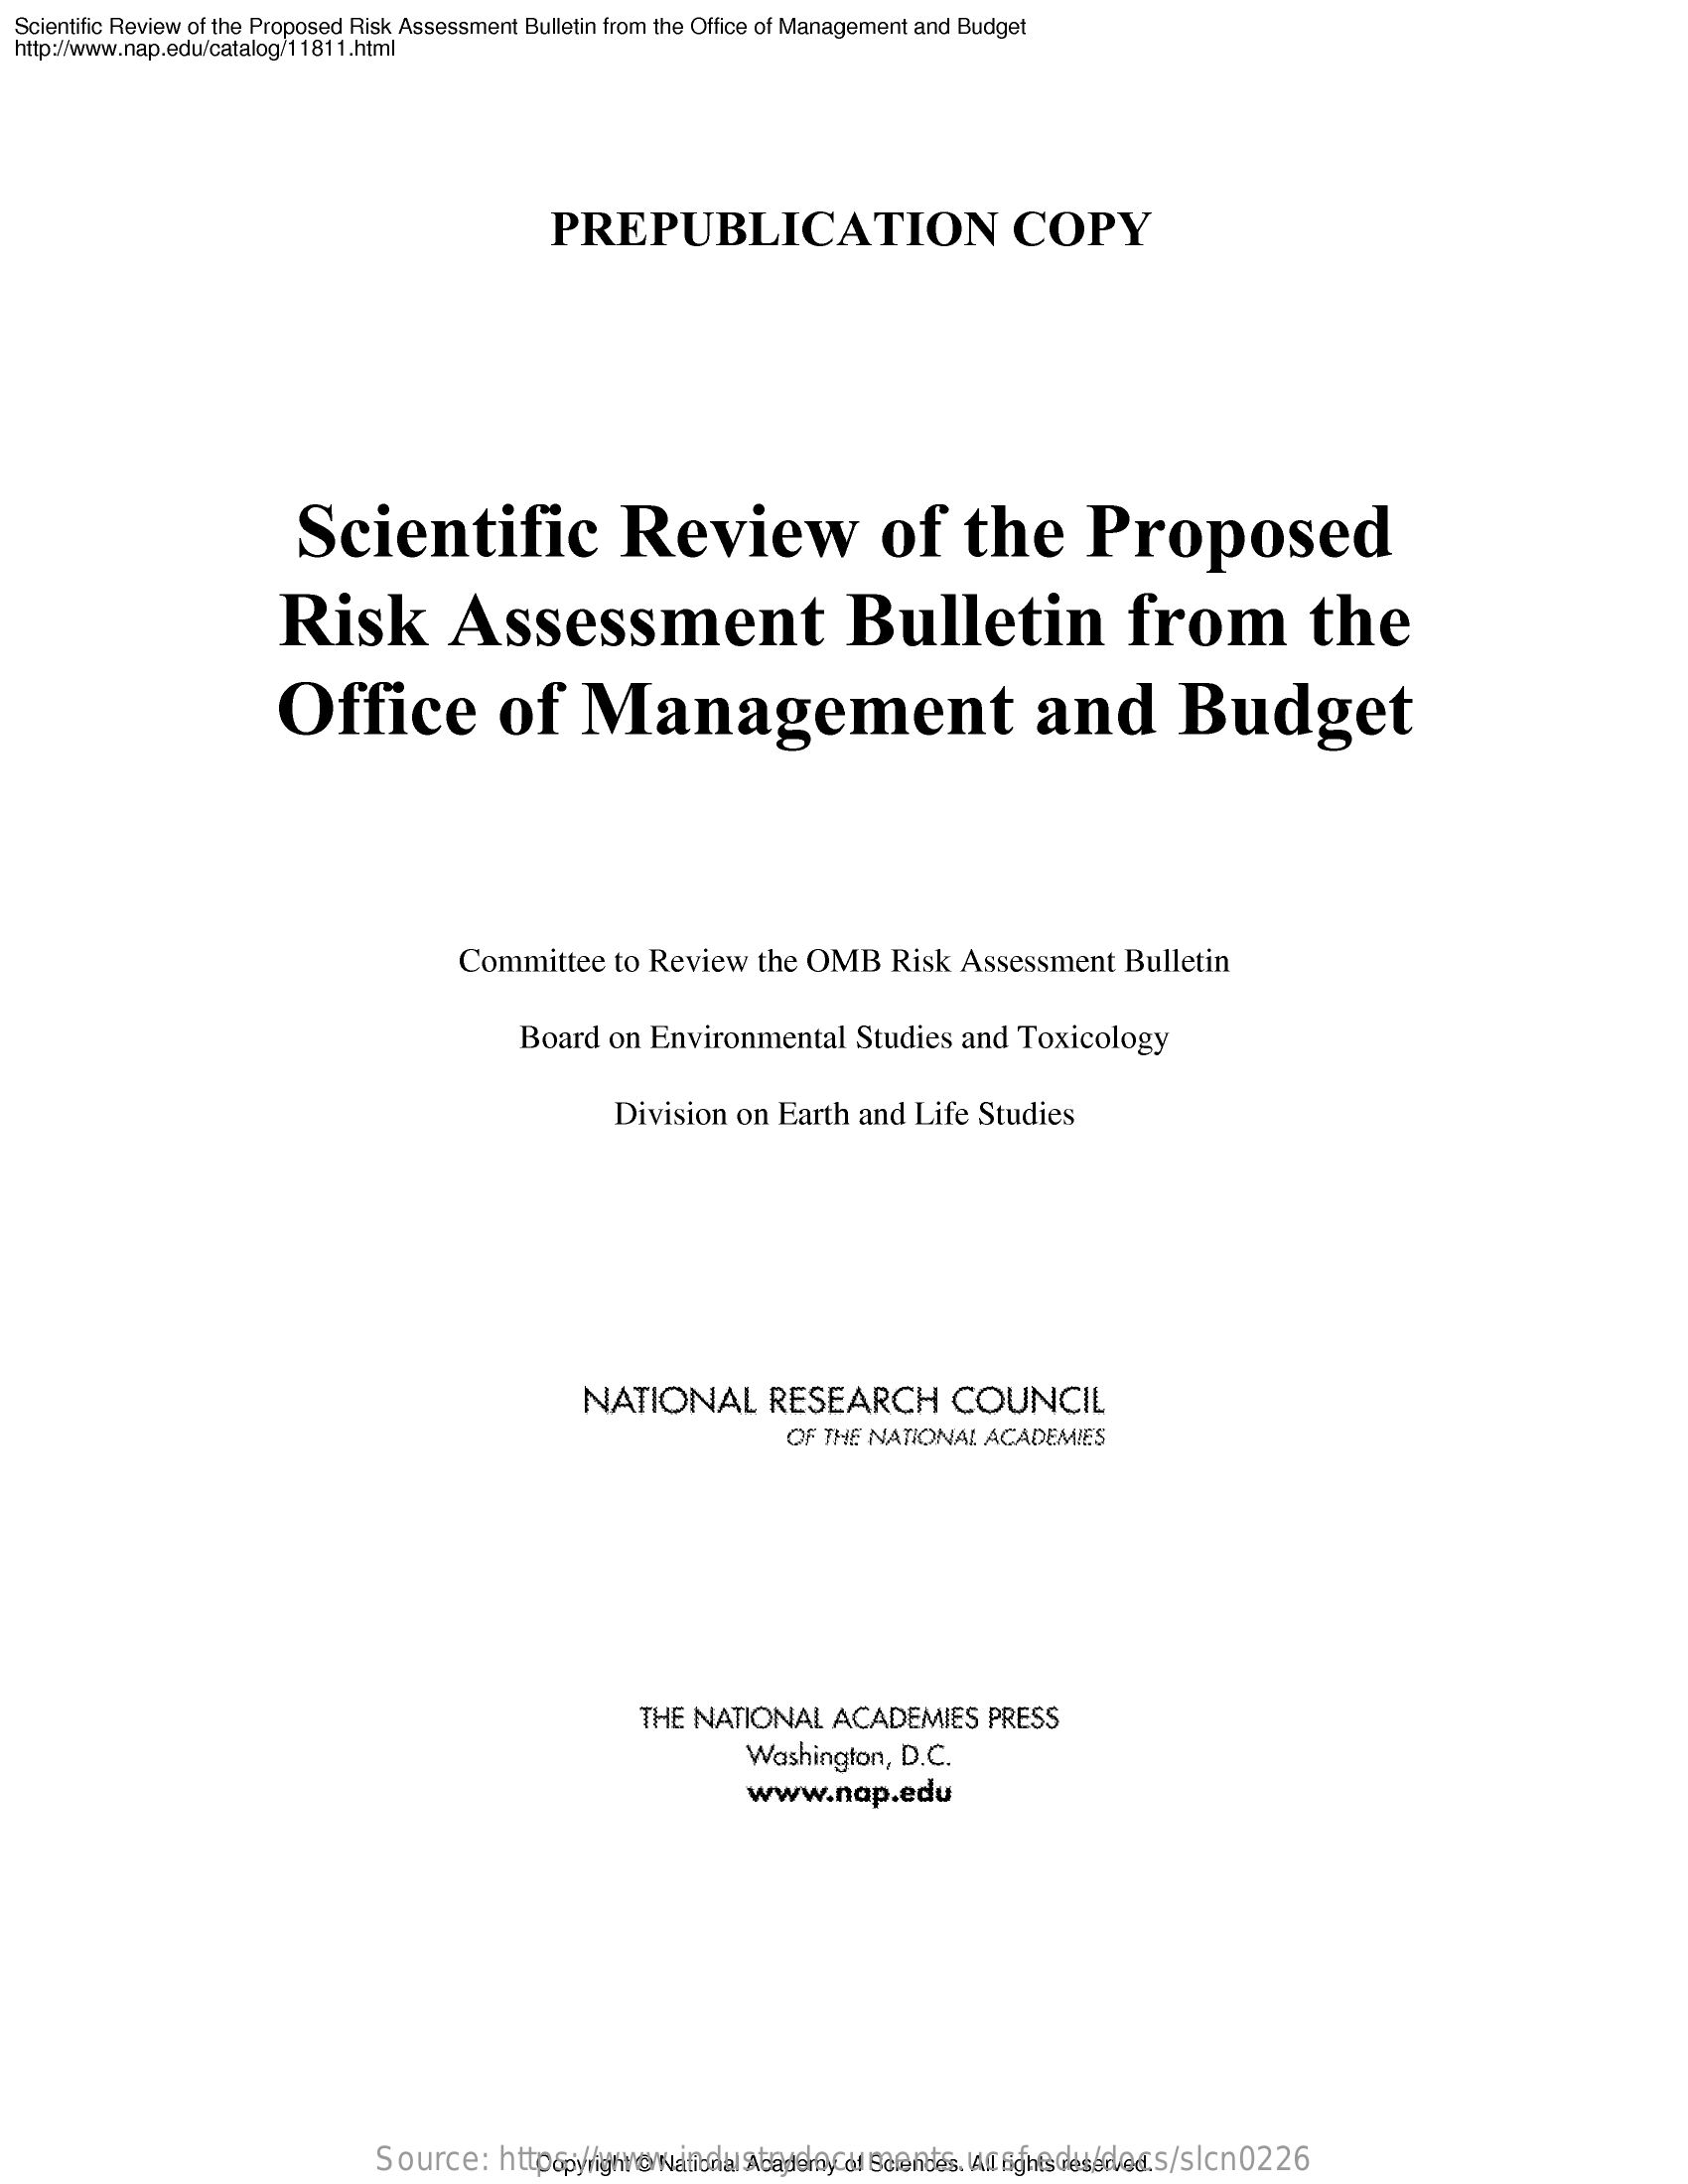
Scientific Review   of  the Proposed    Risk  Assessment    Bulletin  from  the Office  of Management    and   Budget
  http://www.nap.edu/catalog/11811.html
     PREPUBLICATION    COPY
     Scientific    Review    of    the    Proposed
     Risk    Assessment    Bulletin    from    the
     Office    of    Management    and    Budget
     Committee    to  Review    the  OMB    Risk    Assessment    Bulletin
     Board    on   Environmental    Studies    and    Toxicology
     Division    on   Earth    and   Life    Studies
     NATIONAL    RESEARCH    COUNCIL
     OF  THE   NATIONAL    ACADEMIES
     THE   NATIONAL    ACADEMIES    PRESS
     Washington,    D.C.
     www.nap.edu
     Source:    https://www.industrydocuments.ucsf.edu/docs/slcn0226 Copyright @ National Academy of Sciences. All rights reserved.